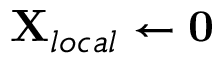
\mathbf { X } _ { l o c a l } \leftarrow \mathbf { 0 }